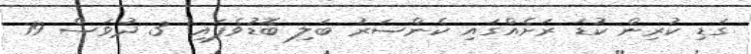
ގަޑި ކުރިން ކުޑަ ރަށެއްގައި ކެންސަރު ބަލި ބޮޑުވެފައި! 3 ދުވަސް 19